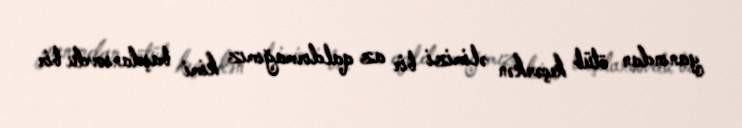
yanından ötüb keçərkən əlimizi bir az qaldırmağımız kimi başdansovdu bir